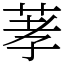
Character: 䓔